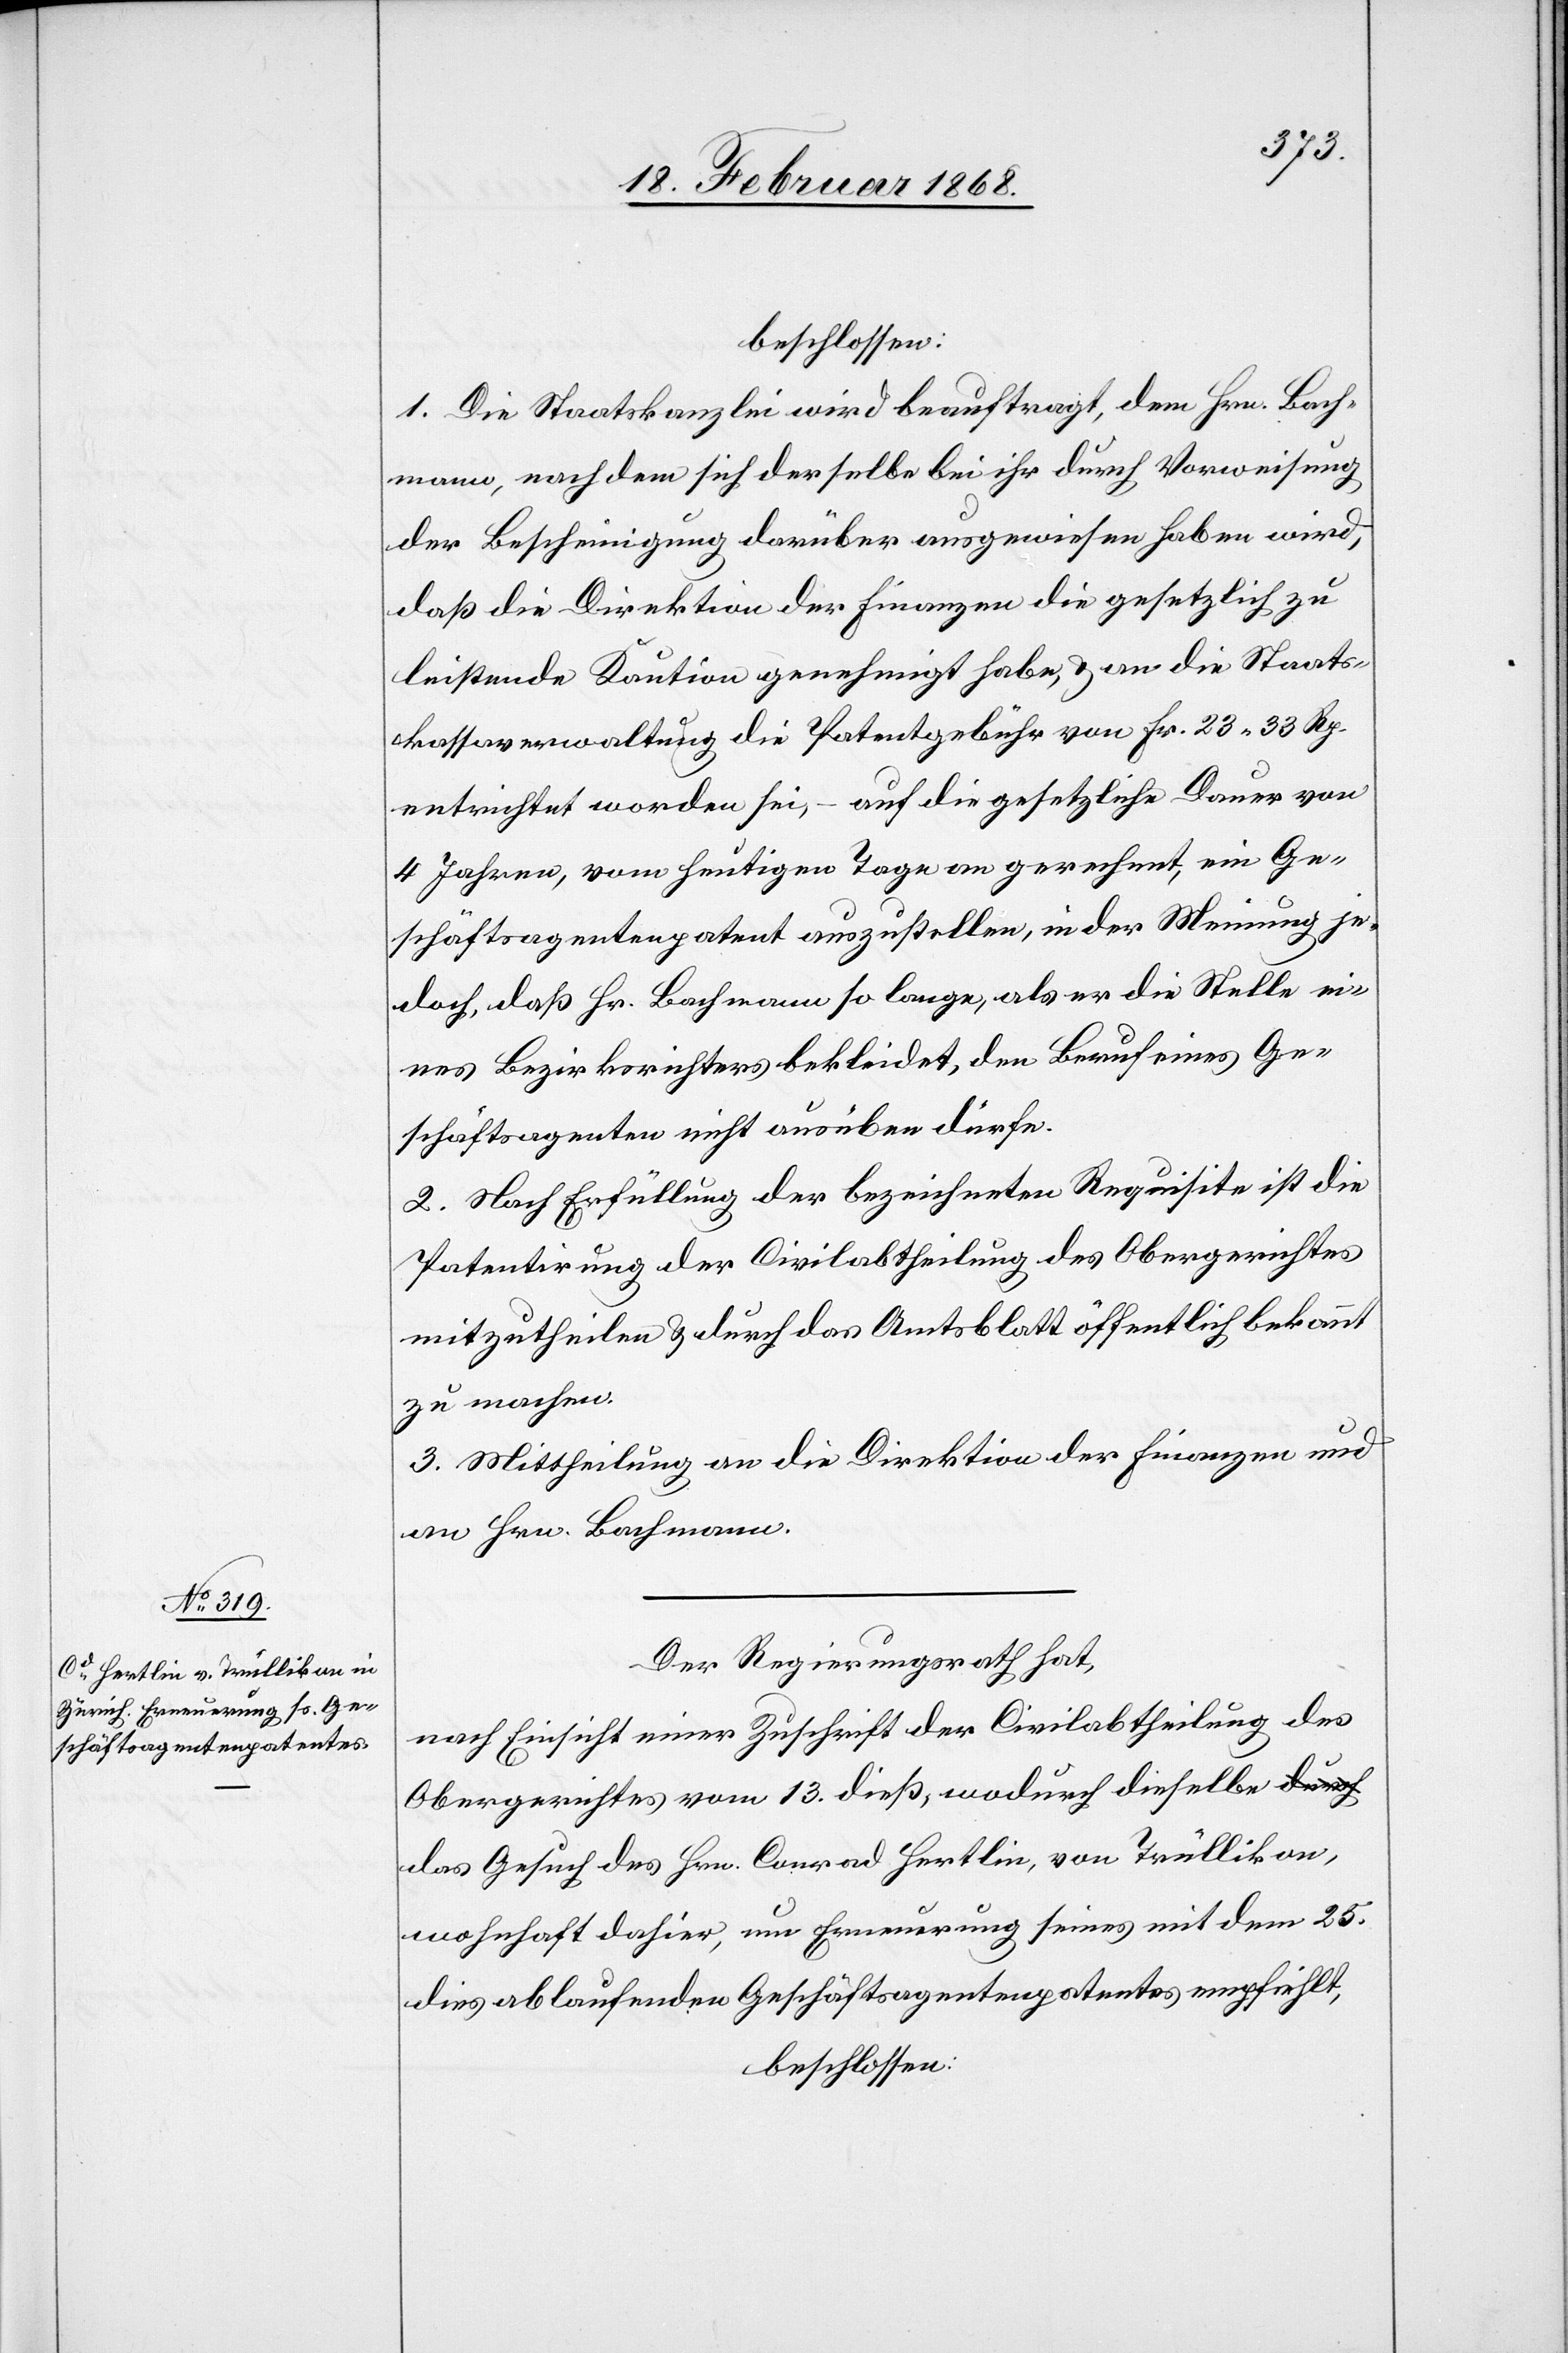
beschlossen:
1. Die Staatskanzlei wird beauftragt, dem Hrn. Bach¬
mann, nachdem sich derselbe bei ihr durch Vorweisung
der Bescheinigung darüber ausgewiesen haben wird,
daß die Direktion der Finanzen die gesetzlich zu
leistende Kaution genehmigt habe, & an die Staats¬
kassaverwaltung die Patentgebühr von Fr. 23. 33 Rp.
entrichtet worden sei, – auf die gesetzliche Dauer von
4 Jahren, vom heutigen Tage an gerechnet, ein Ge¬
schäftsagentenpatent auszustellen, in der Meinung je¬
doch, daß Hr. Bachmann so lange, als er die Stelle ei¬
nes Bezirksrichters bekleidet, den Beruf eines Ge¬
schäftsagenten nicht ausüben dürfe.
2. Nach Erfüllung der bezeichneten Requisite ist die
Patentirung der Civilabtheilung des Obergerichtes
mitzutheilen & durch das Amtsblatt öffentlich bekannt
zu machen.
3. Mittheilung an die Direktion der Finanzen und
an Hrn. Bachmann.
Der Regierungsrath hat,
nach Einsicht einer Zuschrift der Civilabtheilung des
Obergerichtes vom 13. dieß, wodurch dieselbe d¬
as Gesuch des Hrn. Conrad Hertlin, von Trüllikon,
wohnhaft dahier, um Erneuerung seines mit dem 25.
dies ablaufenden Geschäftsagentenpatentes empfiehlt,
beschlossen: